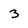
Character: 3